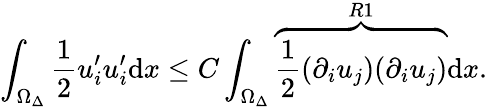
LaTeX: \int_{\Omega_{\Delta}}\frac{1}{2}u_{i}^{\prime}u_{i}^{\prime}\mathrm{d}x\leq C\int_{\Omega_{\Delta}}\overbrace{\frac{1}{2}(\partial_{i}u_{j})(\partial_{i}u_{j})}^{R1}\mathrm{d}x.